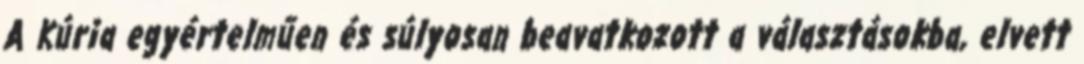
A Kúria egyértelműen és súlyosan beavatkozott a választásokba, elvett